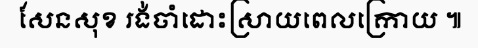
សែនសុខ រង់ចាំដោះស្រាយពេលក្រោយ ៕